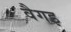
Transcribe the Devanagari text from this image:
वैगइ